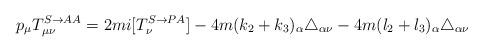
LaTeX: \begin{align*}p_\mu T^{S\rightarrow AA}_{\mu\nu}=2mi[T^{S\rightarrow PA}_\nu]-4m(k_2+k_3)_\alpha \triangle_{\alpha\nu}- 4m(l_2+l_3)_\alpha\triangle_{\alpha\nu}\end{align*}